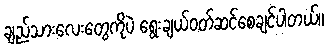
ချည်သားလေးတွေကိုပဲ ရွေးချယ်ဝတ်ဆင်စေချင်ပါတယ်။